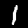
Label: 1